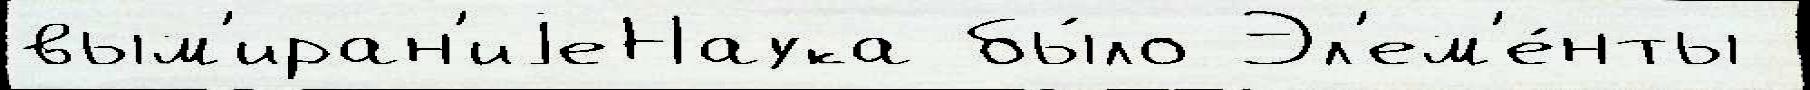
вым'иран'иjеНаука бы́ло Эл'ем'е́нты